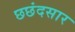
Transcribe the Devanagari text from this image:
छछंदसार